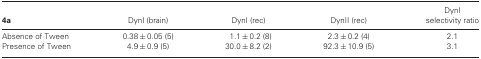
<table><thead><tr><td><b>4a</b></td><td><b>DynI (brain)</b></td><td><b>DynI (rec)</b></td><td><b>DynII (rec)</b></td><td><b>DynI selectivity ratio</b></td></tr></thead><tbody><tr><td>Absence of Tween</td><td>0.38 ± 0.05 (5)</td><td>1.1 ± 0.2 (8)</td><td>2.3 ± 0.2 (4)</td><td>2.1</td></tr><tr><td>Presence of Tween</td><td>4.9 ± 0.9 (5)</td><td>30.0 ± 8.2 (2)</td><td>92.3 ± 10.9 (5)</td><td>3.1</td></tr></tbody></table>